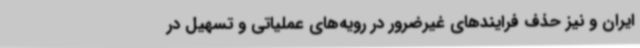
ایران و نیز حذف فرایندهای غیرضرور در رویه‌های عملیاتی و تسهیل در